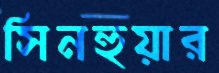
সিনহুয়ার